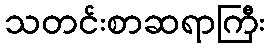
သတင်းစာဆရာကြီး